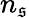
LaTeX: n_{\mathfrak{s}}